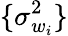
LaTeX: \{ \sigma_{w_{i}}^{2}\}